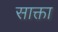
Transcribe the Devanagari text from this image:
साक्ता